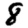
Digit: 8